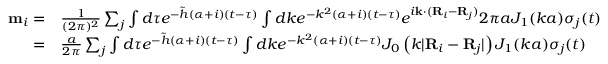
\begin{array} { r l } { { \bf m } _ { i } = } & { \frac { 1 } { ( 2 \pi ) ^ { 2 } } \sum _ { j } \int d \tau e ^ { - \tilde { h } ( \alpha + i ) ( t - \tau ) } \int d k e ^ { - k ^ { 2 } ( \alpha + i ) ( t - \tau ) } e ^ { i { \bf k } \cdot ( { \bf R } _ { i } - { \bf R } _ { j } ) } 2 \pi a J _ { 1 } ( k a ) \sigma _ { j } ( t ) } \\ { = } & { \frac { a } { 2 \pi } \sum _ { j } \int d \tau e ^ { - \tilde { h } ( \alpha + i ) ( t - \tau ) } \int d k e ^ { - k ^ { 2 } ( \alpha + i ) ( t - \tau ) } J _ { 0 } \left( k \lvert { \bf R } _ { i } - { \bf R } _ { j } \rvert \right) J _ { 1 } ( k a ) \sigma _ { j } ( t ) } \end{array}